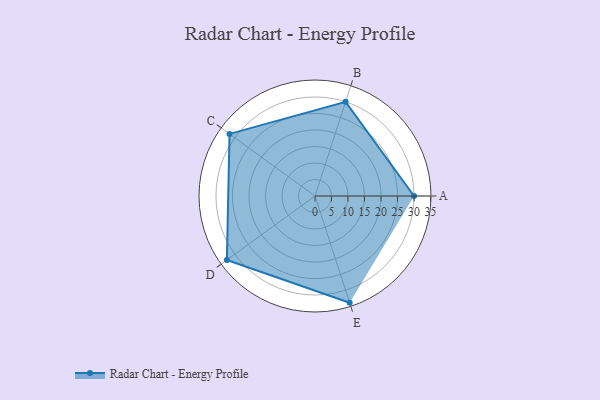
{"axis": {"x": "Skill", "y": "Score"}, "legend": ["Profile"], "data": [{"x": "A", "y": 30.0, "type": "Profile"}, {"x": "B", "y": 30.0, "type": "Profile"}, {"x": "C", "y": 32.0, "type": "Profile"}, {"x": "D", "y": 33.0, "type": "Profile"}, {"x": "E", "y": 34.0, "type": "Profile"}]}